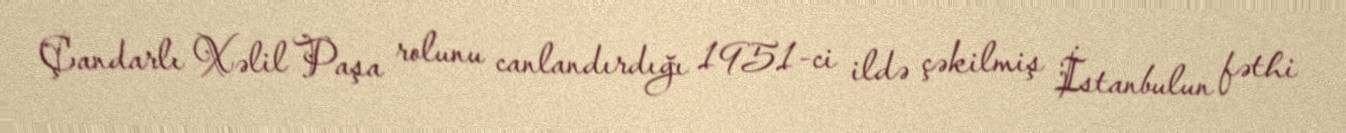
Çandarlı Xəlil Paşa rolunu canlandırdığı 1951-ci ildə çəkilmiş İstanbulun fəthi